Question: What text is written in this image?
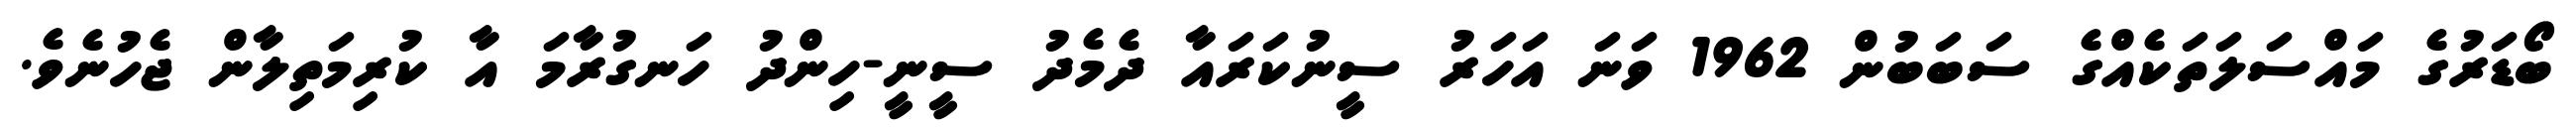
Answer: ބޯޑަރުގެ މައްސަލަތަކެއްގެ ސަބަބުން 1962 ވަނަ އަހަރު ސީނުކަރައާ ދެމެދު ސީނީ-ހިންދު ހަނގުރާމަ އާ ކުރިމަތިލާން ޖެހުނެވެ.